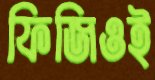
ফিজিওই